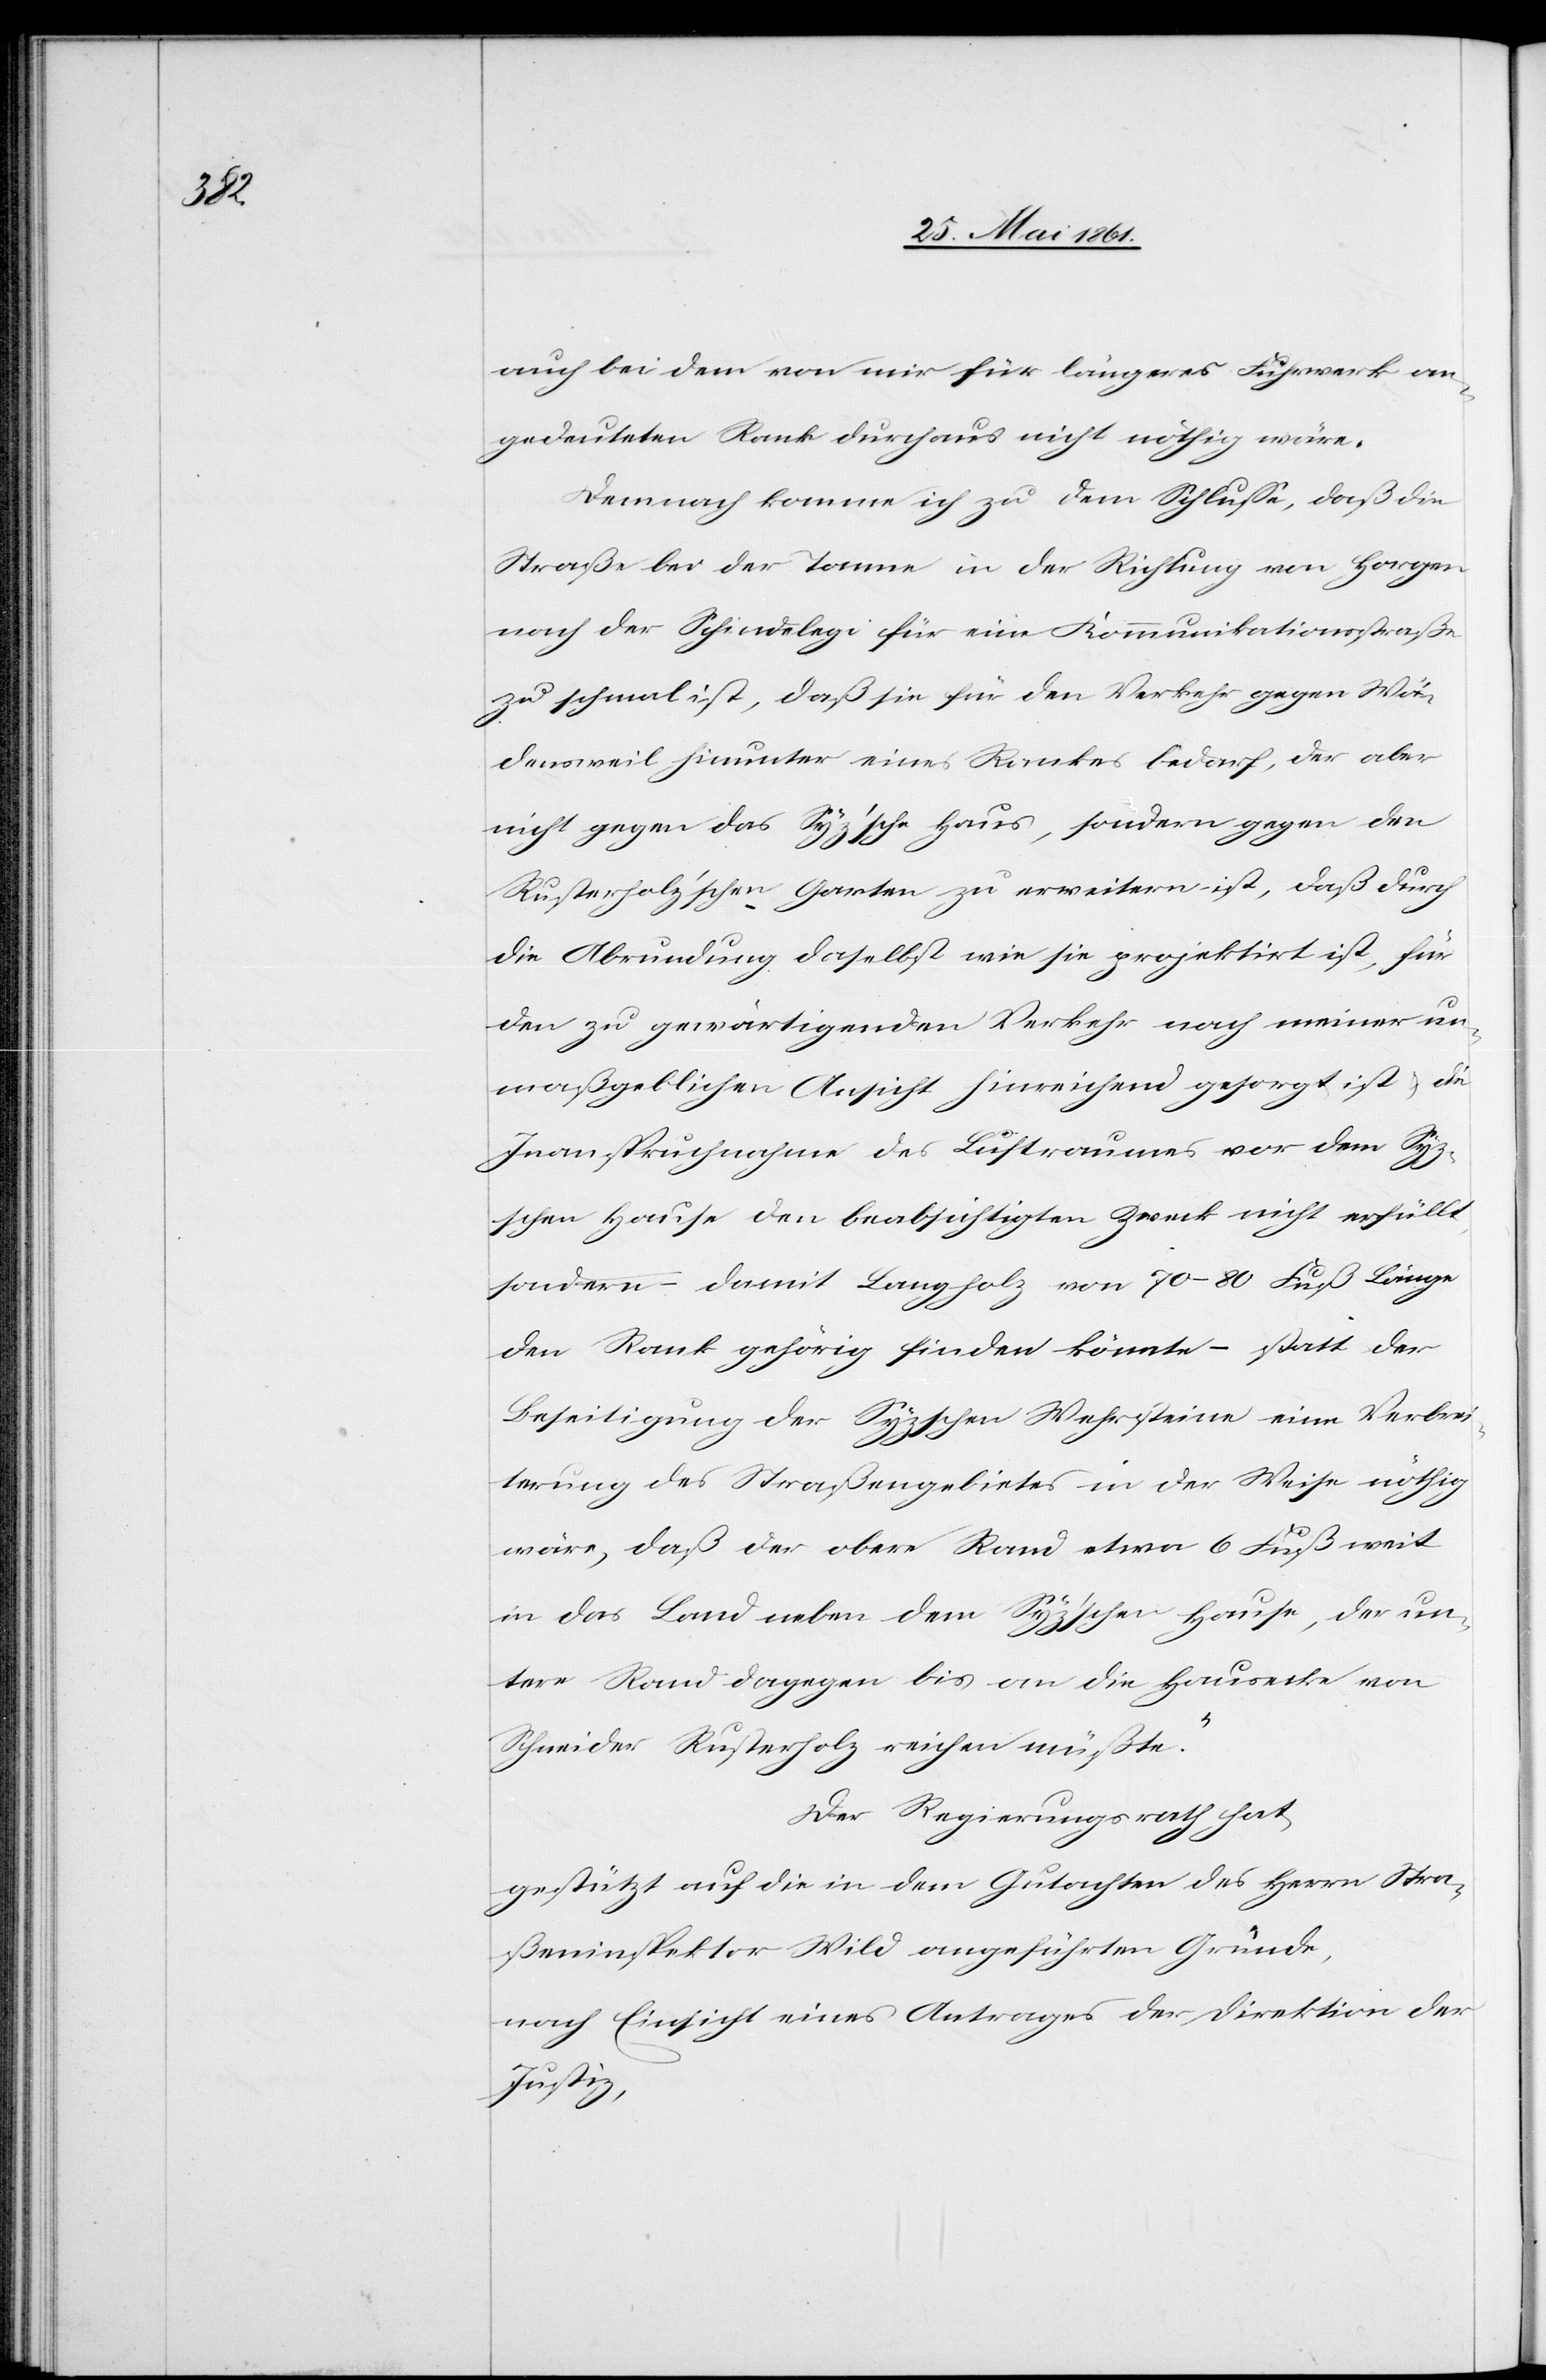
auch bei dem von mir für längeres Fuhrwerk an¬
gedeuteten Rank durchaus nicht nöthig wäre.
Demnach komme ich zu dem Schlusse, daß die
Straße bei der Tanne in der Richtung von Horgen
nach der Schindelegi für eine Kommunikationsstraße
zu schmal ist, daß sie für den Verkehr gegen Wä¬
densweil hinunter eines Rankes bedarf, der aber
z’sche Haus, sondern gegen den
nicht gegen das Sy¬
Rusterholz’schen Garten zu erweitern ist, daß durch
die Abrundung daselbst wie sie projektirt ist, für
den zu gewärtigenden Verkehr nach meiner un¬
maßgeblichen Ansicht hinreichend gesorgt ist u.
Inanspruchnahme des Luftraumes vor dem Syz¬
schen Hause den beabsichtigten Zweck nicht erfüllt,
sondern – damit Langholz von 70–90 Fuß Länge
den Rank gehörig finden könnte – statt der
Beseitigung der Syzschen Wehrsteine eine Verbrei¬
terung des Straßengebietes in der Weise nöthig
wäre, daß der obere Rand etwa 6 Fuß weit
in das Land neben dem Syz’schen Hause, der un¬
tere Rand dagegen bis an die Hausecke von
Schneider Rusterholz reichen müßte.“
Der Regierungsrath hat
gestützt auf die in dem Gutachten des Herrn Stra¬
ßeninspektor Wild angeführten Gründe,
nach Einsicht eines Antrages der Direktion der
Justiz,